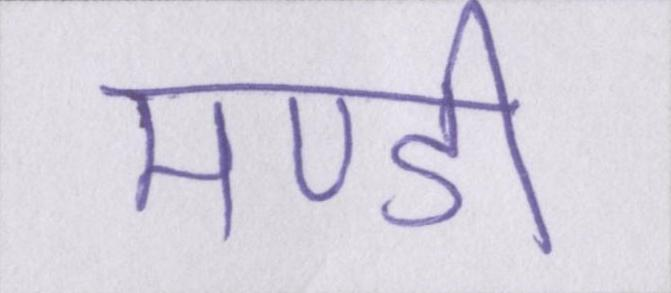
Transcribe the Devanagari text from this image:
मण्डी